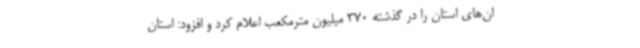
ان‌های استان را در گذشته 370 میلیون مترمکعب اعلام کرد و افزود: استان